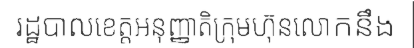
រដ្ឋបាលខេត្តអនុញ្ញាតិក្រុមហ៊ុនលោកនឹង